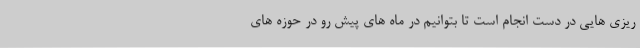
ریزی هایی در دست انجام است تا بتوانیم در ماه های پیش رو در حوزه های